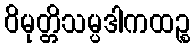
ဝိမုတ္တိသမ္ပဒါကထဉ္စ